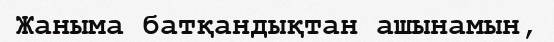
Жаныма батқандықтан ашынамын,